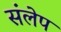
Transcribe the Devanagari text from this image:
संलेप